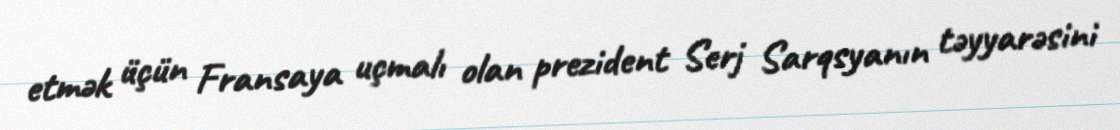
etmək üçün Fransaya uçmalı olan prezident Serj Sarqsyanın təyyarəsini